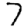
Digit: 7